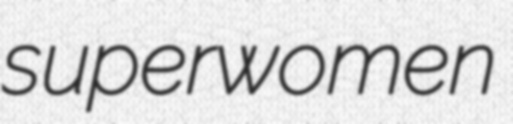
superwomen